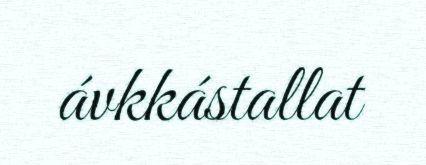
ávkkástallat